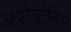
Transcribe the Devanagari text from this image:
अपोलोनिस